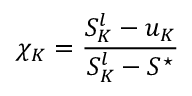
\chi _ { K } = \frac { S _ { K } ^ { l } - u _ { K } } { S _ { K } ^ { l } - S ^ { \star } }